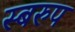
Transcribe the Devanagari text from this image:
स्बरुप